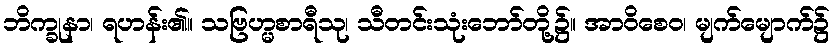
ဘိက္ခုနာ၊ ရဟန်း၏။ သဗြဟ္မစာရီသု၊ သီတင်းသုံးဘော်တို့၌။ အာဝိစေဝ၊ မျက်မျောက်၌